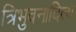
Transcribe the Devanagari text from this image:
त्रिभुवनादित्य